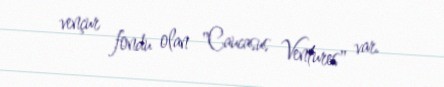
vençur fondu olan "Caucasus Ventures" var.